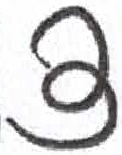
אות: צ